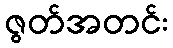
ဇွတ်အတင်း